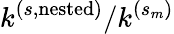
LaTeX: k^{(s,\mathrm{nested})}/k^{(s_{m})}